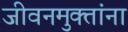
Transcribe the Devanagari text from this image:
जीवनमुक्तांना